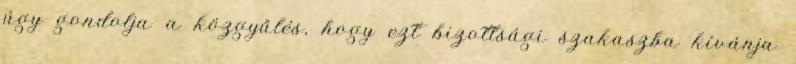
úgy gondolja a közgyűlés, hogy ezt bizottsági szakaszba kívánja